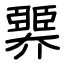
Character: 臩